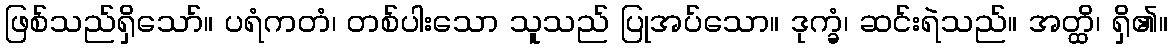
ဖြစ်သည်ရှိသော်။ ပရံကတံ၊ တစ်ပါးသော သူသည် ပြုအပ်သော။ ဒုက္ခံ၊ ဆင်းရဲသည်။ အတ္ထိ၊ ရှိ၏။